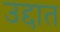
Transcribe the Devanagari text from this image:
उद्दात